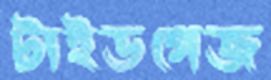
টাইডগেজ